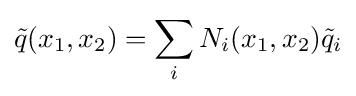
{\tilde {q}}(x_{1},x_{2})=\sum _{i}N_{i}(x_{1},x_{2}){\tilde {q}}_{i}